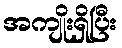
အကျိုးရှိပြီး